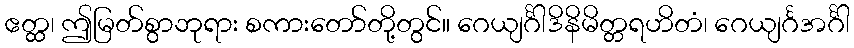
ဧတ္ထ၊ ဤမြတ်စွာဘုရား စကားတော်တို့တွင်။ ဂေယျင်္ဂါဒိနိမိတ္တရဟိတံ၊ ဂေယျင်္ဂအင်္ဂါ